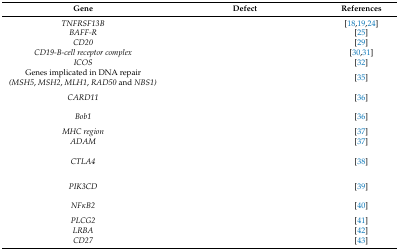
<table><thead><tr><td><b>Gene</b></td><td><b>Defect</b></td><td><b>References</b></td></tr></thead><tbody><tr><td><i>TNFRSF13B</i></td><td>[EMPTY_CELL]</td><td>[18,19,24]</td></tr><tr><td><i>BAFF-R</i></td><td>[EMPTY_CELL]</td><td>[25]</td></tr><tr><td><i>CD20</i></td><td>[EMPTY_CELL]</td><td>[29]</td></tr><tr><td><i>CD19-B-cell receptor complex</i></td><td>[EMPTY_CELL]</td><td>[30,31]</td></tr><tr><td><i>ICOS</i></td><td>[EMPTY_CELL]</td><td>[32]</td></tr><tr><td>Genes implicated in DNA repair <i>(MSH5</i>, <i>MSH2</i>, <i>MLH1</i>, <i>RAD50</i> and <i>NBS1)</i></td><td>[EMPTY_CELL]</td><td>[35]</td></tr><tr><td><i>CARD11</i></td><td>[EMPTY_CELL]</td><td>[36]</td></tr><tr><td><i>Bob1</i></td><td>[EMPTY_CELL]</td><td>[36]</td></tr><tr><td><i>MHC region</i></td><td>[EMPTY_CELL]</td><td>[37]</td></tr><tr><td><i>ADAM</i></td><td>[EMPTY_CELL]</td><td>[37]</td></tr><tr><td><i>CTLA4</i></td><td>[EMPTY_CELL]</td><td>[38]</td></tr><tr><td><i>PIK3CD</i></td><td>[EMPTY_CELL]</td><td>[39]</td></tr><tr><td><i>NFκB2</i></td><td>[EMPTY_CELL]</td><td>[40]</td></tr><tr><td><i>PLCG2</i></td><td>[EMPTY_CELL]</td><td>[41]</td></tr><tr><td><i>LRBA</i></td><td>[EMPTY_CELL]</td><td>[42]</td></tr><tr><td><i>CD27</i></td><td>[EMPTY_CELL]</td><td>[43]</td></tr></tbody></table>